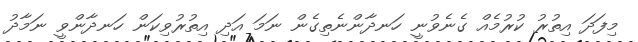
މިފަދަ އިތުރު ކުރުމެއް ގެނެވުނީ ހަނދާންނެތިގެން ނަމަ އަދި އިތުރުވިކަން ހަނދާންވީ ނަމާދު